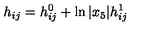
h _ { i j } = h _ { i j } ^ { 0 } + \ln \vert x _ { 5 } \vert h _ { i j } ^ { 1 }